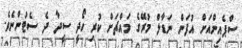
ސްޕެއިންއަށް އުފަން ނަޑާލް މުރޭގެ މައްޗަށް ކުރި ހޯދީ ސީދާ ދެ ސެޓުންނެވެ.